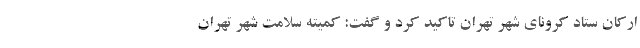
ارکان ستاد کرونای شهر تهران تاکید کرد و گفت: کمیته سلامت شهر تهران